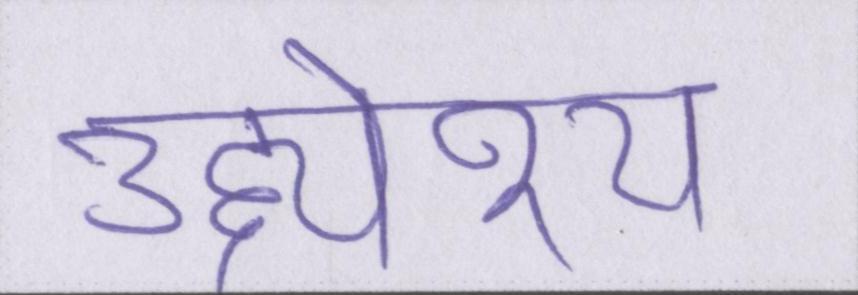
उद्द्येश्य